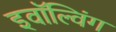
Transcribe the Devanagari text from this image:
इवॉल्विंग